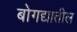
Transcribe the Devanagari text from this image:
बोगद्यातील